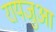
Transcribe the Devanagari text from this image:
रायजुआ